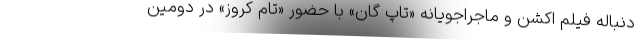
دنباله‌ فیلم اکشن و ماجراجویانه «تاپ گان» با حضور «تام کروز» در دومین